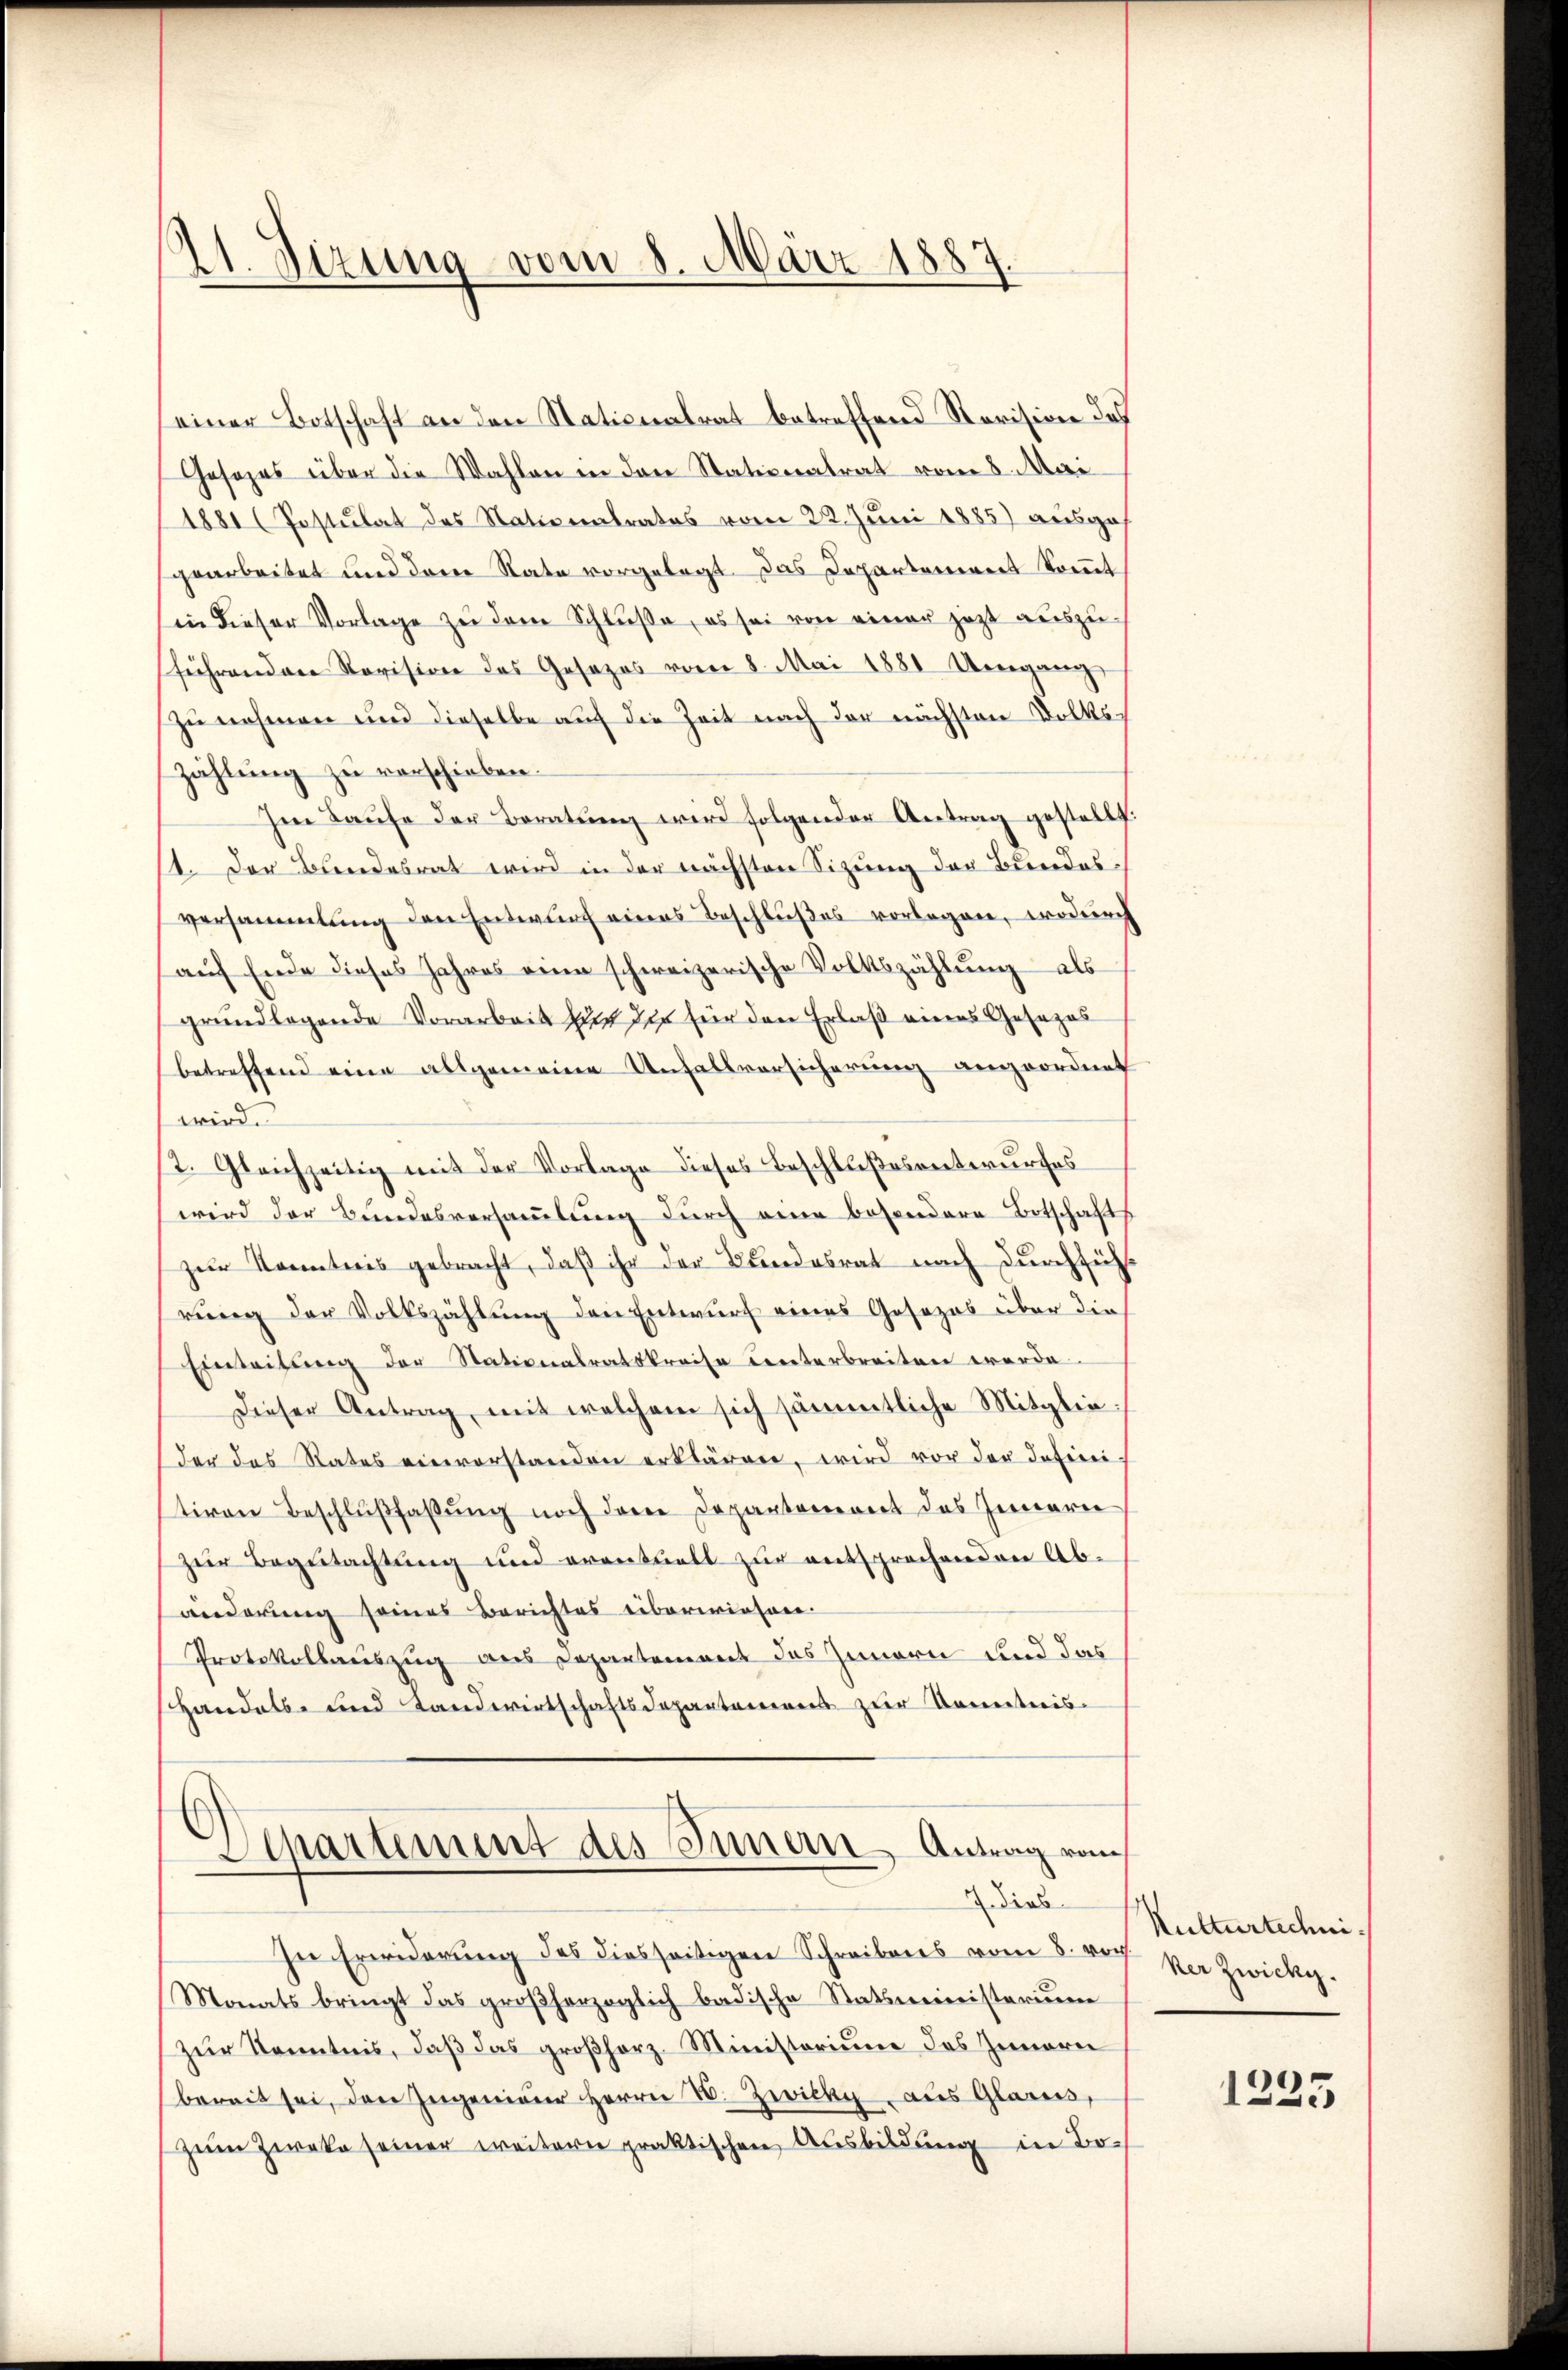
21. Sizung vom 8. März 1887.

einer Botschaft an den Nationalrat betreffend Revision des
Gesezes über die Wahlen in den Stationalrat vom 8. Mai
1881 (Postulat des Nationsrates vom 22. Juni 1885) ausgegearbeitet und dem Rate vorgelegt. Das Departoniert kommt
in dieser Vorlage zu dem Schluße, es sei von einer jetzt auszuführenden Revision des Gesezes vom 8. Mai 1881 Umgang
Zunehmen und dieselbe auf die Zeit nach der nächsten Volkszählung zu verschieben.
Im Laŭfe der Beratŭng wird folgender Antrag gestellt.
1. Der Bundesrat wird in der nächsten Sizung der Bundesversammlung den Entwurf eines Beschlußes vorlegen, wodurch
auf Ende dieses Jahres eine schweizerische Volkszählung als
grundlagende Vorarbeit zur der für den Erlaß eines Gesezes
betreffend eine allgemeine Unfallversicherung angeordnet
wird.
2. Gleichzeitig mit der Vorlage dieses Beschlußesentwurfes
wird der Bundesversaṁlŭng durch eine besondere Botschaft
zur Kenntnis gebracht, daß ihr der Bundesrat nach durchsicht
rung der Volkszählung den Entwurf eines Gesezes über die
Einleitung der Nationalratskreise unterbreiten werde.
Dieser Antrag, mit welchem sich sämmtliche Mitglieder das States einverstanden erklären, wird vor der defini
tiven Beschlußfaßung noch der Departement des Innern
zur Begutachtung und eventuell zur entsprechenden Ab-
änderung seines Berichtes eiberwiesen.
Protokollauszug aus Departement des Innern und das
Handels und Landwirtschaftsdepartamens zur Kenntnis-

Dchartement des Innern Antrag vom
dieb

In Erwiderung des diesseitigen Schreibens vom 8. vor der Zwicky.
Monats bringt das großherzoglich badische Statsministerium
zur Kenntnis, daß das großherz. Ministorium des Innern
bereit sei, den Ingenieur Herrn u. Zwicke aus Glaren,
zum Zweke seiner weitern praktischen Ausbildŭng in Bo-

Kulturtechni

1335